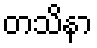
တသိနာ